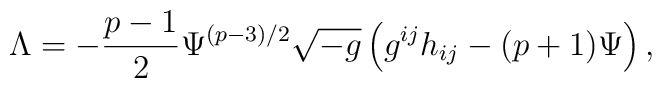
{\Lambda}=-\frac{p-1}{2}{\Psi}^{(p-3)/2}\sqrt{-g}\left(g^{ij}h_{ij}-(p+1){\Psi}\right),